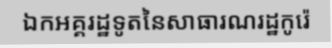
ឯកអគ្គរដ្ឋទូតនៃសាធារណរដ្ឋកូរ៉េ